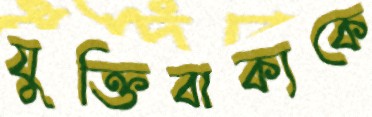
যুক্তিবাক্যকে